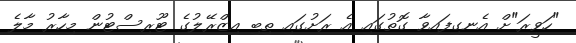
"ހަވީރަ"ށް އެނގިފައިވާ ގޮތުގައި އެ ރަށުގައި ތިބި އިޒްރޭލުގެ ޓޫރިސްޓުން މިހާރު މާލެ